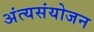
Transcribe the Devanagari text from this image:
अंत्यसंयोजन